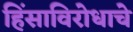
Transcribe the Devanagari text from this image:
हिंसाविरोधाचे